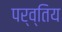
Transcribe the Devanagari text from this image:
पर्व्तिय